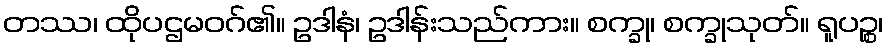
တဿ၊ ထိုပဌမဝဂ်၏။ ဥဒါနံ၊ ဥဒါန်းသည်ကား။ စက္ခု၊ စက္ခုသုတ်။ ရူပဉ္စ၊